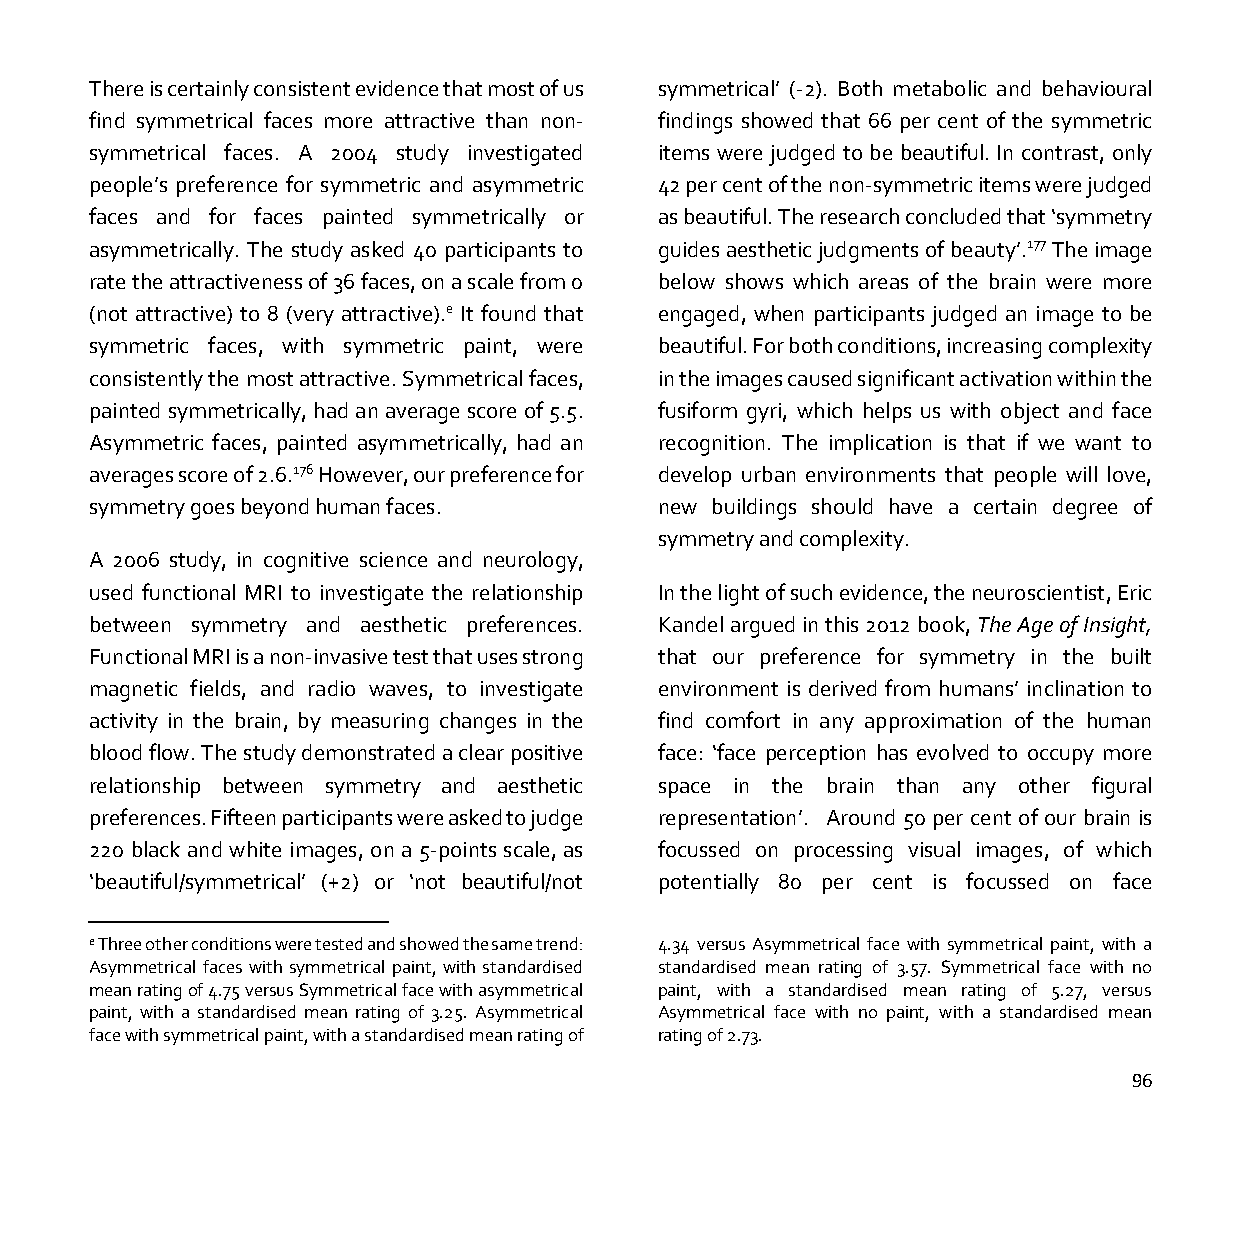
There is certainly consistent evidence that most of us symmetrical’ (-2). Both metabolic and behavioural
 find symmetrical faces more attractive than non- findings showed that 66 per cent of the symmetric
 symmetrical faces. A 2004 study investigated items were judged to be beautiful. In contrast, only
 people’s preference for symmetric and asymmetric 42 per cent of the non-symmetric items were judged
 faces and for faces painted symmetrically or as beautiful. The research concluded that ‘symmetry
 asymmetrically. The study asked 40 participants to guides aesthetic judgments of beauty’.177 The image
 rate the attractiveness of 36 faces, on a scale from 0 below shows which areas of the brain were more
 (not attractive) to 8 (very attractive).e It found that engaged, when participants judged an image to be
 symmetric faces, with symmetric paint, were beautiful. For both conditions, increasing complexity
 consistently the most attractive. Symmetrical faces, in the images caused significant activation within the
 painted symmetrically, had an average score of 5.5. fusiform gyri, which helps us with object and face
 Asymmetric faces, painted asymmetrically, had an recognition. The implication is that if we want to
 averages score of 2.6.176 However, our preference for develop urban environments that people will love,
 symmetry goes beyond human faces.     new buildings should have a certain degree of
 symmetry and complexity.
 A 2006 study, in cognitive science and neurology,
 used functional MRI to investigate the relationship In the light of such evidence, the neuroscientist, Eric
 between symmetry and aesthetic preferences. Kandel argued in this 2012 book, The Age of Insight,
 Functional MRI is a non-invasive test that uses strong that our preference for symmetry in the built
 magnetic fields, and radio waves, to investigate environment is derived from humans’ inclination to
 activity in the brain, by measuring changes in the find comfort in any approximation of the human
 blood flow. The study demonstrated a clear positive face: ‘face perception has evolved to occupy more
 relationship between symmetry and aesthetic space in the brain than any other figural
 preferences. Fifteen participants were asked to judge representation’. Around 50 per cent of our brain is
 220 black and white images, on a 5-points scale, as focussed on processing visual images, of which
 ‘beautiful/symmetrical’ (+2) or ‘not beautiful/not potentially 80 per cent is focussed on face
 e Three other conditions were tested and showed the same trend: 4.34 versus Asymmetrical face with symmetrical paint, with a
 Asymmetrical faces with symmetrical paint, with standardised standardised mean rating of 3.57. Symmetrical face with no
 mean rating of 4.75 versus Symmetrical face with asymmetrical paint, with a standardised mean rating of 5.27, versus
 paint, with a standardised mean rating of 3.25. Asymmetrical Asymmetrical face with no paint, with a standardised mean
 face with symmetrical paint, with a standardised mean rating of rating of 2.73.
 96